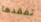
تفقدها